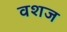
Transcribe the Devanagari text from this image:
वशज